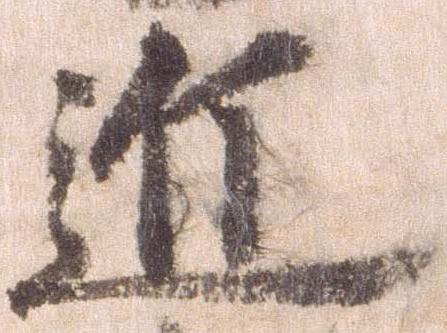
近